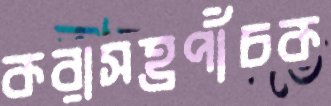
করাসহ্রপাঁচক